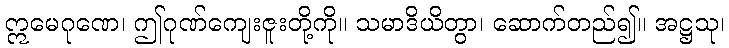
ဣမေဂုဏေ၊ ဤဂုဏ်ကျေးဇူးတို့ကို။ သမာဒိယိတွာ၊ ဆောက်တည်၍။ အဋ္ဌသု၊